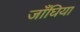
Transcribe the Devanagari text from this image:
जाँघिया